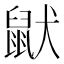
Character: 鼣